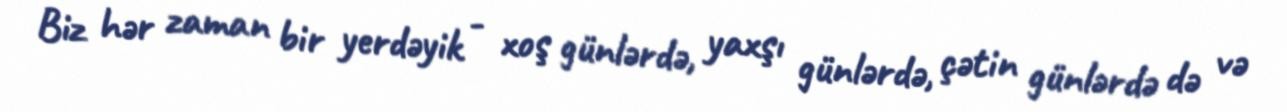
Biz hər zaman bir yerdəyik - xoş günlərdə, yaxşı günlərdə, çətin günlərdə də və